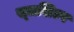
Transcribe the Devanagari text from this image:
स्‍तशिल्प